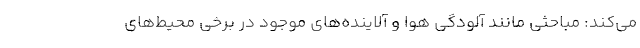
می‌کند: مباحثی مانند آلودگی هوا و آلاینده‌های موجود در برخی محیط‌های